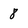
Character: 8